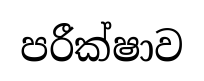
පරීක්ෂාව